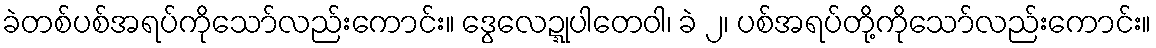
ခဲတစ်ပစ်အရပ်ကိုသော်လည်းကောင်း။ ဒွေလေဍ္ဍုပါတေဝါ၊ ခဲ ၂၊ ပစ်အရပ်တို့ကိုသော်လည်းကောင်း။